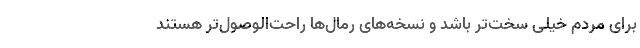
برای مردم خیلی سخت‌تر باشد و نسخه‌های رمال‌ها راحت‌الوصول‌تر هستند